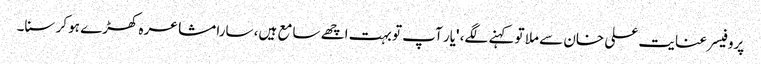
پروفیسر عنایت علی خان سے ملا تو کہنے لگے، 'یار آپ تو بہت اچھے سامع ہیں، سارا مشاعرہ کھڑے ہو کر سنا۔